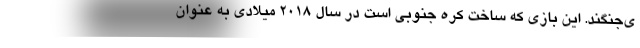
ی‌جنگند. این بازی که ساخت کره جنوبی است در سال ۲۰۱۸ میلادی به عنوان